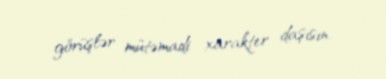
görüşlər mütəmadi xarakter daşısın.